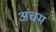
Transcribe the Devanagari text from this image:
अंचम